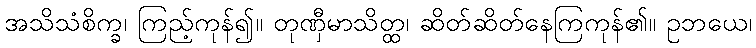
အသိသံစိက္ခ၊ ကြည့်ကုန်၍။ တုဏှီမာသိတ္ထ၊ ဆိတ်ဆိတ်နေကြကုန်၏။ ဥဘယေ၊